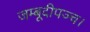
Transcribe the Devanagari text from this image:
जम्बूदीपञ्च।